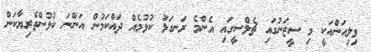
ވިލިއަންއަކީ މި ސީޒަނުގައި ޗެލްސީގައި އެންމެ ރަނގަޅު ކުޅުމެއް ދައްކަމުން އަންނަ ކުޅުންތެރިޔާކަން